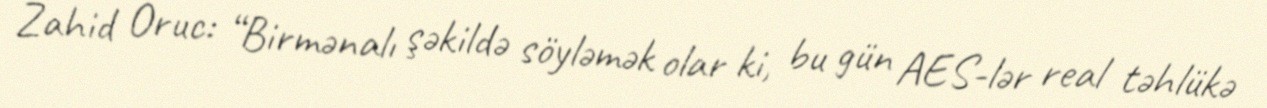
Zahid Oruc: “Birmənalı şəkildə söyləmək olar ki, bu gün AES-lər real təhlükə